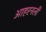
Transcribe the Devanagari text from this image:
आहरनली